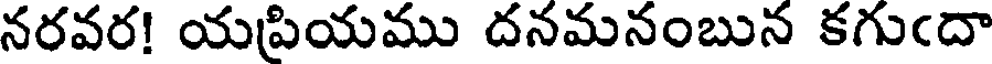
నరవర! యపియము దనమనంబున కగుఁదా